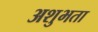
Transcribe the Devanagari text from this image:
अशुभता